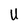
Character: U